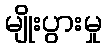
မျိုးပွားမှု